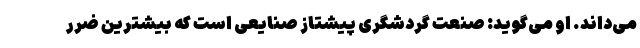
می‌داند. او می‌گوید: صنعت گردشگری پیشتاز صنایعی است که بیشترین ضرر